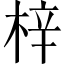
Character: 梓